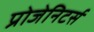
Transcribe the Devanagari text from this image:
प्रोजेनिटर्स